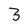
Character: 3